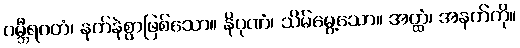
ဂမ္ဘီရဂတံ၊ နက်နဲစွာဖြစ်သော။ နိပုဏံ၊ သိမ်မွေ့သော။ အတ္ထံ၊ အနက်ကို။